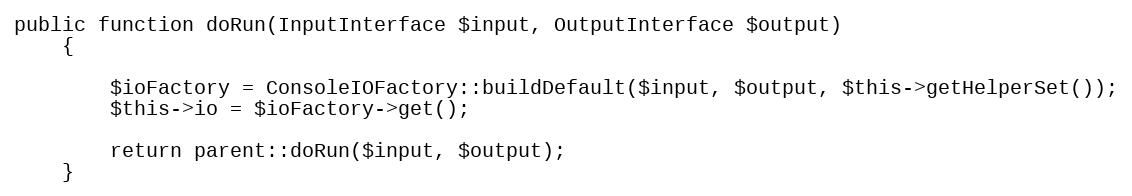
Language: PHP
public function doRun(InputInterface $input, OutputInterface $output)
    {

        $ioFactory = ConsoleIOFactory::buildDefault($input, $output, $this->getHelperSet());
        $this->io = $ioFactory->get();

        return parent::doRun($input, $output);
    }